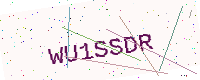
Text: WU1SSDR